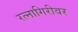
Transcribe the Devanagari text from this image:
रत्नागिरीवर